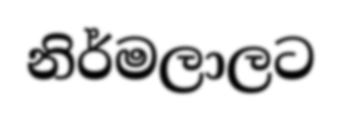
නිර්මලාලට